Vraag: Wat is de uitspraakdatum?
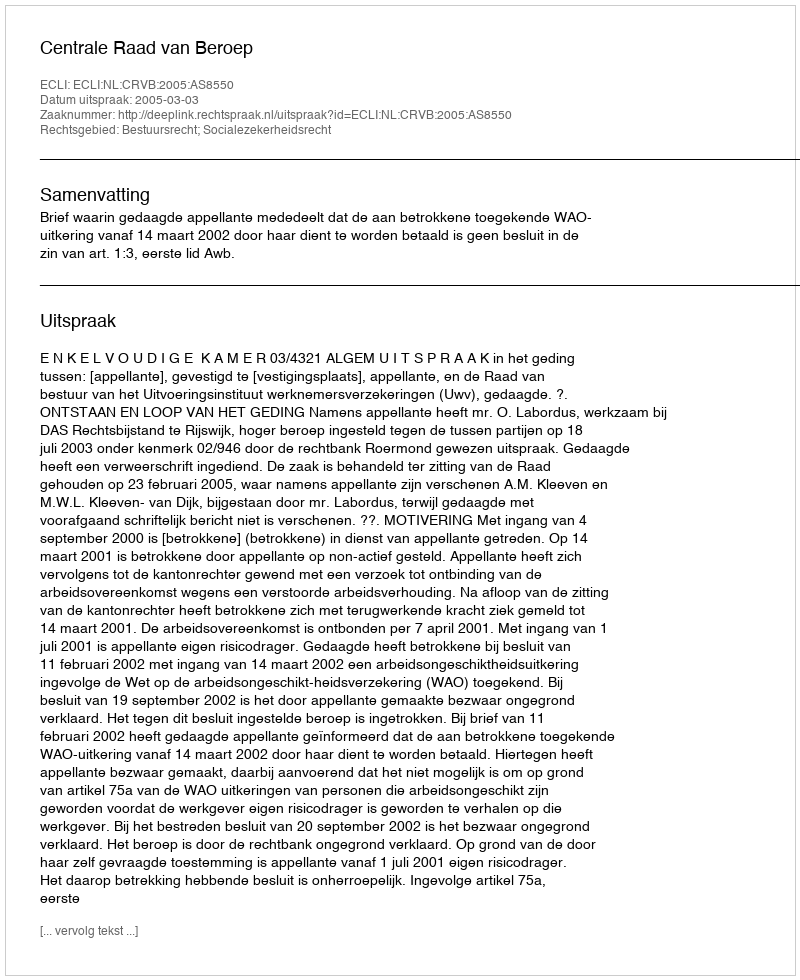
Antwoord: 2005-03-03